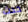
حدث